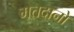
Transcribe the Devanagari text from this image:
मतदानो